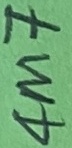
Text: 4nF